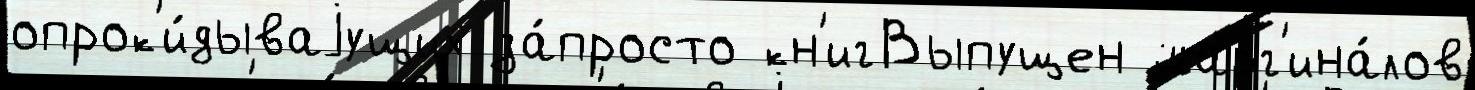
опрок'и́дываjущих за́просто кн'игВыпущен марг'ина́лов